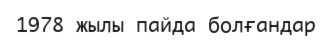
1978 жылы пайда болғандар